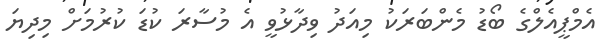
އެމްޕީއެލްގެ ބޯޑު މެންބަރަކު މިއަދު ވިދާޅުވީ އެ މުސާރަ ކުޑަ ކުރުމަށް މިދިޔަ